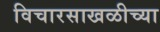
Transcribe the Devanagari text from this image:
विचारसाखळीच्या